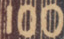
100